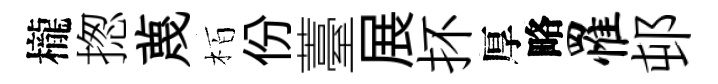
櫳揔蔑栢份薹展抔厚略罹邨